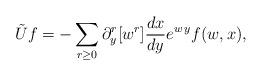
LaTeX: \begin{align*}\tilde Uf=-\sum_{r\ge0} \partial_y^r[w^r] \frac{dx}{dy} e^{w\,y}f(w,x),\end{align*}